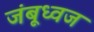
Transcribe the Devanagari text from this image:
जंबूध्वज